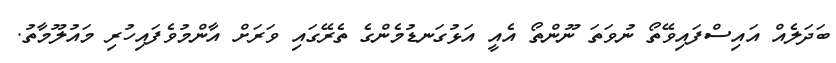
ބަދަލެއް އައިސްފައިވޭތޯ ނުވަތަ ނޫންތޯ އެއީ އަޅުގަނޑުމެންގެ ތެރޭގައި ވަރަށް އާންމުވެފައިހުރި މައުލޫމާތު.